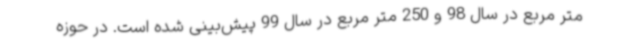
متر مربع در سال 98 و 250 متر مربع در سال 99 پیش‌بینی شده است. در حوزه